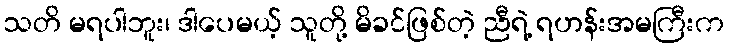
သတိ မရပါဘူး၊ ဒါပေမယ့် သူတို့ မိခင်ဖြစ်တဲ့ ညီရဲ့ ရဟန်းအမကြီးက